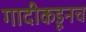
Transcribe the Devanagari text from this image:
गादीकडूनच